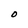
Character: O